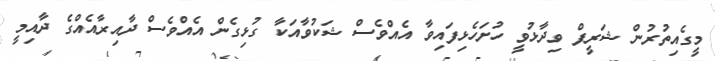
މީގެއިތުރުން ޝަރީފް ވިދާޅުވީ ހުށަހެޅިފައިވާ އެއްވެސް ޝަކުވާއަކާ ގުޅިގެން އެއްވެސް ދާއިރާއެއްގެ ދާއިމީ